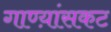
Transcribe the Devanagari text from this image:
गाण्य़ांसकट